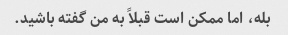
بله، اما ممکن است قبلاً به من گفته باشید.